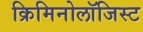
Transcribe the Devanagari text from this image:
क्रिमिनोलॉजिस्ट